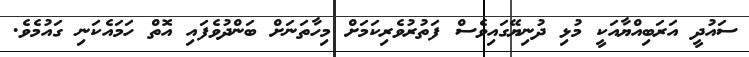
ސައުދީ އަރަބިއްޔާއަކީ މުޅި ދުނިޔޭގައިވެސް ފަތުރުވެރިކަމަށް މިހާތަނަށް ބަންދުވެފައި އޮތް ހަމައެކަނި ގައުމެވެ.